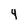
Character: 4